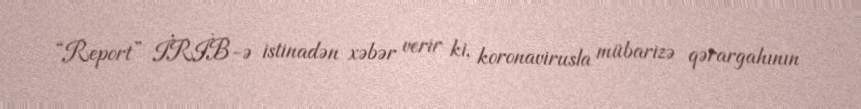
“Report” İRİB-ə istinadən xəbər verir ki, koronavirusla mübarizə qərargahının